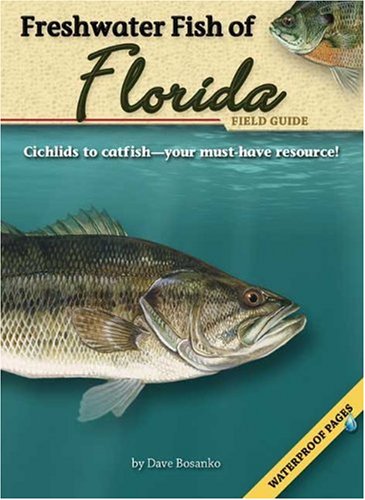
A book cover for Freshwater Fish of Florida Field Guide; Dave Bosanko; Sports & Outdoors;